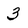
Character: 3